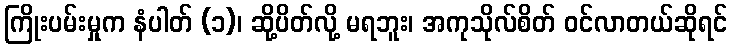
ကြိုးပမ်းမှုက နံပါတ် (၁)၊ ဆို့ပိတ်လို့ မရဘူး၊ အကုသိုလ်စိတ် ဝင်လာတယ်ဆိုရင်